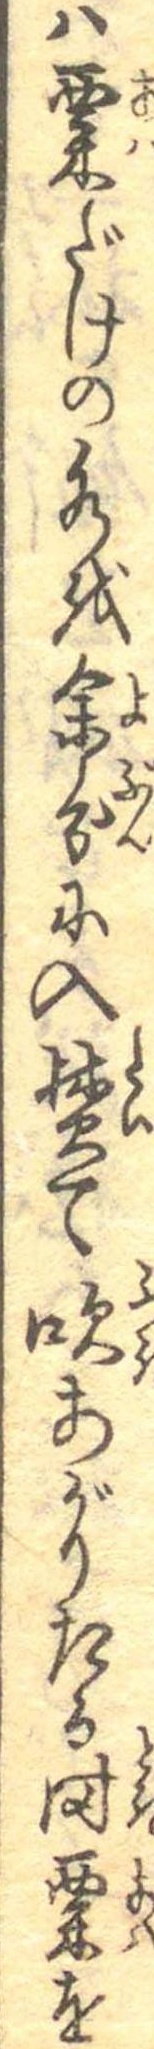
は粟だけの水を余分に入焚て吹あがりたる時粟を